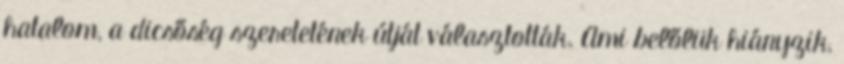
hatalom, a dicsőség szeretetének útját választották. Ami belőlük hiányzik,